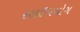
સદઉપયોગ